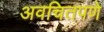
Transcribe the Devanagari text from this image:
अवचितपणे